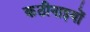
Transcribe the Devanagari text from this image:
कठीनाइयों